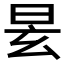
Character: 𣆂